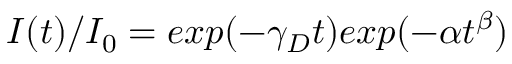
\centering I ( t ) / I _ { 0 } = e x p ( - \gamma _ { D } t ) e x p ( - \alpha t ^ { \beta } )